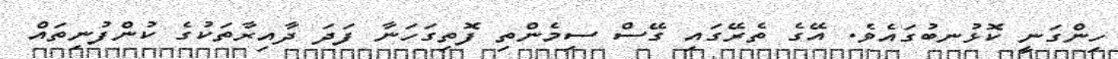
ހިންގަނީ ކޮޅުނބުގައެވެ. އޭގެ ތެރޭގައި ގޭސް ސިމެންތި ފޮތިގަހަނާ ފަދަ ދާއިރާތަކުގެ ކުންފުނިތައް